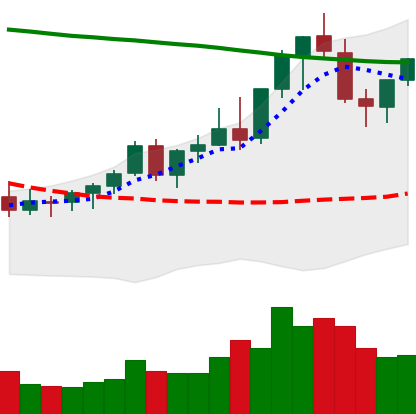
Ticker: EOS-USD
Chart end date: 2021-08-20
Forward return: -4.721%
Label: down_3_5